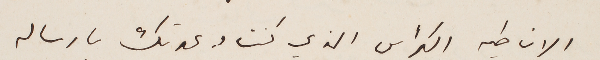
الان طيه الكراس الذي كنت وعدتك بارساله